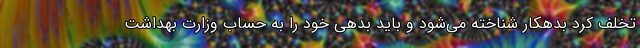
تخلف کرد بدهکار شناخته می‌شود و باید بدهی خود را به حساب وزارت بهداشت